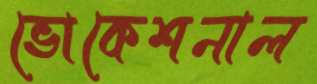
ভোকেশনাল